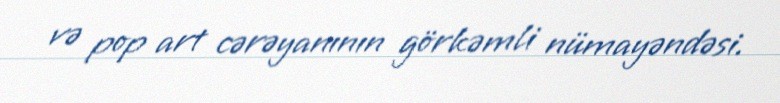
və pop art cərəyanının görkəmli nümayəndəsi.